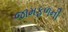
જામફળની